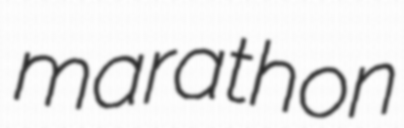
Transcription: marathon